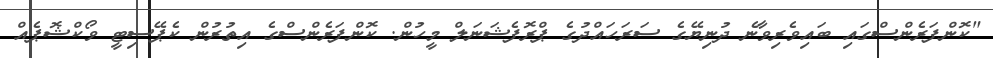
"ކޮންފަރެންސްގައި ބައިވެރިވާނެ ދުނިޔޭގެ ސަރަހައްދުގެ ޕްރޮފެޝަނަލް މީހުން. ކޮންފަރެންސްގެ އިތުރުން ކެޕޭސިޓީ ވޯކްޝޮޕެއް